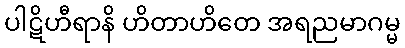
ပါဋိဟီရာနိ ဟိတာဟိတေ အရညမာဂမ္မ